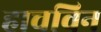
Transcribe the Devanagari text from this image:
हाचविन